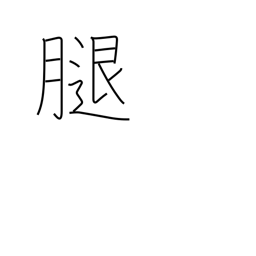
Meaning: femur